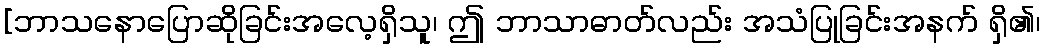
[ဘာသနောပြောဆိုခြင်းအလေ့ရှိသူ၊ ဤ ဘာသာဓာတ်လည်း အသံပြုခြင်းအနက် ရှိ၏၊